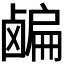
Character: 𬸸